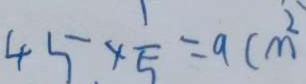
4 5 . \times \frac { 1 } { 5 } = 9 ( m ^ { 2 }